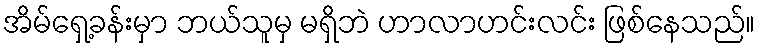
အိမ်ရှေ့ခန်းမှာ ဘယ်သူမှ မရှိဘဲ ဟာလာဟင်းလင်း ဖြစ်နေသည်။